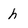
Character: h